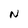
Character: N